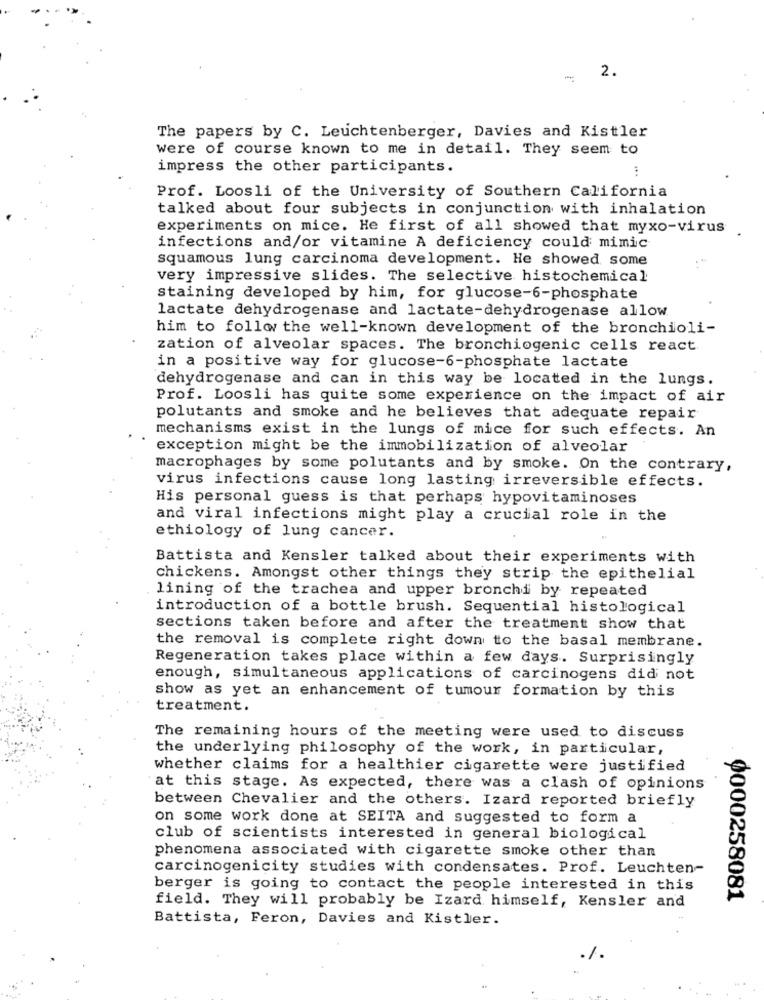
-
2.
The papers by C. Leuchtenberger, Davies and Kistler
were of course known to me in detail. They seem to
impress the other participants.
Prof. Loosli of the University of Southern California
talked about four subjects in conjunction with inhalation
experiments on mice. He first of all showed that myxo-virus
infections and/or vitamine A deficiency could mimic
squamous lung carcinoma development. He showed some
very impressive slides. The selective histochemical
staining developed by him, for glucose-6-phosphate
lactate dehydrogenase and lactate-dehydrogenase allow
him to follow the well-known development of the bronchioli-
zation of alveolar spaces. The bronchiogenic cells react
in a positive way for glucose-6-phosphate lactate
dehydrogenase and can in this way be located in the lungs.
Prof. Loosli has quite some experience on the impact of air
polutants and smoke and he believes that adequate repair
mechanisms exist in the lungs of mice for such effects. An
exception might be the immobilization of alveolar
macrophages by some polutants and by smoke. On the contrary,
virus infections cause long lasting irreversible effects.
His personal guess is that perhaps hypovitaminoses
and viral infections might play a crucial role in the
ethiology of lung cancer.
Battista and Kensler talked about their experiments with
chickens. Amongst other things they strip the epithelial
lining of the trachea and upper bronchi by repeated
introduction of a bottle brush. Sequential histological
sections taken before and after the treatment show that
the removal is complete right down to the basal membrane.
Regeneration takes place within a few days. Surprisingly
enough, simultaneous applications of carcinogens did not
show as yet an enhancement of tumour formation by this
treatment.
The remaining hours of the meeting were used to discuss
the underlying philosophy of the work, in particular,
whether claims for a healthier cigarette were justified
at this stage. As expected, there was a clash of opinions
between Chevalier and the others. Izard reported briefly
on some work done at SEITA and suggested to form a
club of scientists interested in general biological
phenomena associated with cigarette smoke other than
carcinogenicity studies with condensates. Prof. Leuchten-
berger is going to contact the people interested in this
0000258081
field. They will probably be Izard himself, Kensler and
Battista, Feron, Davies and Kistler.